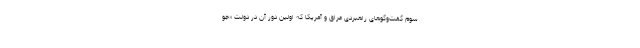
سوم گفت‌وگوهای راهبردی عراق و آمریکا که اولین دور آن در دولت «جو